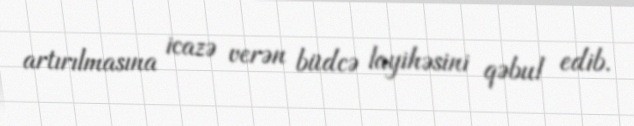
artırılmasına icazə verən büdcə layihəsini qəbul edib.